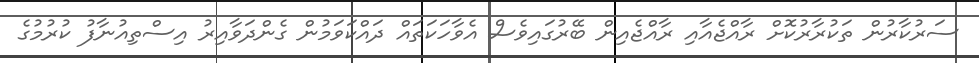
ސަރުކާރުން ތަކުރާރުކޮށް ރާއްޖެއާއި ރާއްޖެއިން ބޭރުގައިވެސް އެވާހަކަތައް ދައްކަވަމުން ގެންދަވާއިރު އިސްތިއުނާފު ކުރުމުގެ